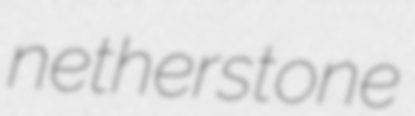
netherstone